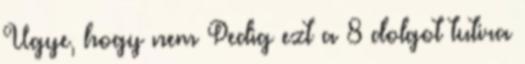
Ugye, hogy nem Pedig ezt a 8 dolgot tutira